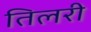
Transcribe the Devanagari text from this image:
तिलरी